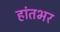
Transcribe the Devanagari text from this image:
हांतभर